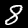
Label: 8